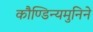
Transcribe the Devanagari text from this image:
कौण्डिन्यमुनिने